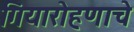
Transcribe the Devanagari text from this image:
गियारोहणाचे